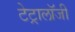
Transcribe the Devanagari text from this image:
टेट्रालॉजी